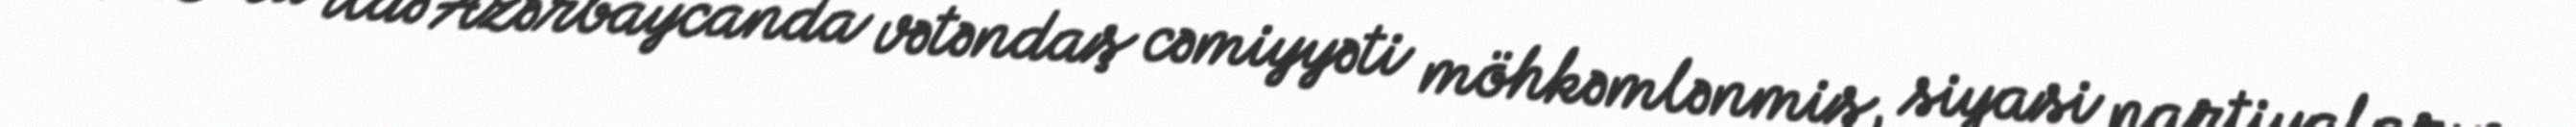
2013-cü ildə Azərbaycanda vətəndaş cəmiyyəti möhkəmlənmiş, siyasi partiyaların,